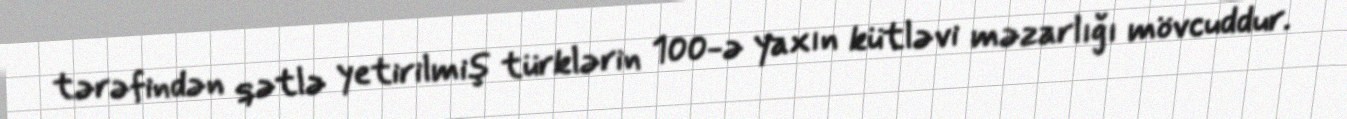
tərəfindən qətlə yetirilmiş türklərin 100-ə yaxın kütləvi məzarlığı mövcuddur.